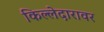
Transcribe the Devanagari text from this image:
किल्लेदारावर